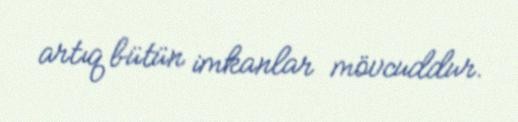
artıq bütün imkanlar mövcuddur.